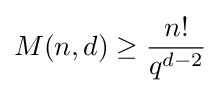
M(n,d)\geq {\frac {n!}{q^{d-2}}}